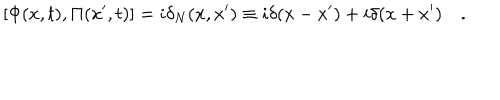
[ \Phi ( x , t ) , \Pi ( x ^ { \prime } , t ) ] = i \delta _ { N } ( x , x ^ { \prime } ) \equiv i \delta ( x - x ^ { \prime } ) + i \delta ( x + x ^ { \prime } ) \quad .